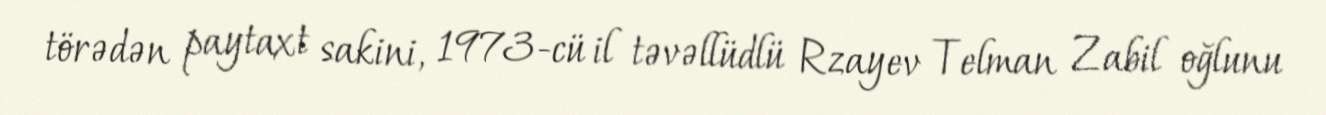
törədən paytaxt sakini, 1973-cü il təvəllüdlü Rzayev Telman Zabil oğlunu